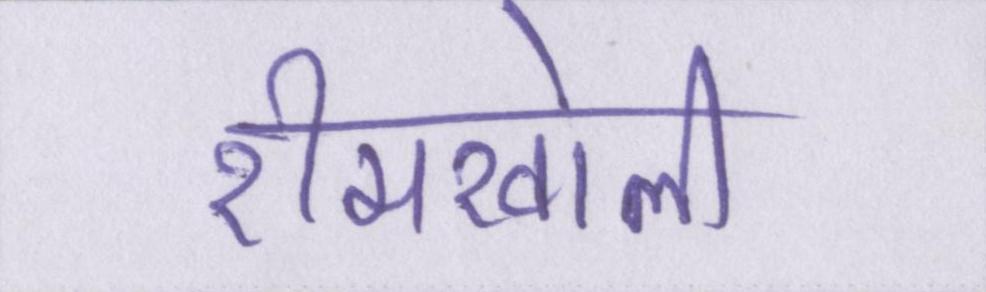
रीमखोली